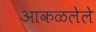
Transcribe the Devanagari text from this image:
आकळलेले